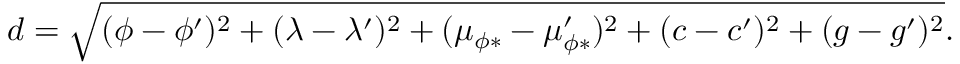
d = \sqrt { ( \phi - \phi ^ { \prime } ) ^ { 2 } + ( \lambda - \lambda ^ { \prime } ) ^ { 2 } + ( \mu _ { \phi * } - \mu _ { \phi * } ^ { \prime } ) ^ { 2 } + ( c - c ^ { \prime } ) ^ { 2 } + ( g - g ^ { \prime } ) ^ { 2 } } .